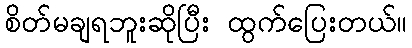
စိတ်မချရဘူးဆိုပြီး ထွက်ပြေးတယ်။